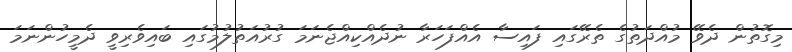
މިގޮތުން ދެވޭ މުއްދަތުގެ ތެރޭގައި ފައިސާ އެއްފަހަރާ ނުދެއްކިއްޖެނަމަ ގުރުއަތުލުމުގައި ބައިވެރިވީ ދެމީހުންނަމަ